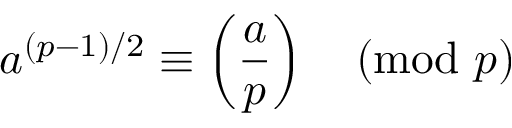
a ^ { ( p - 1 ) / 2 } \equiv \left( { \frac { a } { p } } \right) { \pmod { p } }